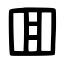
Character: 囬